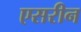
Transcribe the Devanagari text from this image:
एसरीन